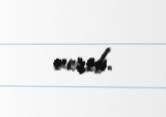
verib.